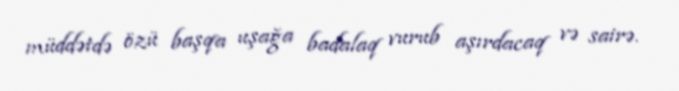
müddətdə özü başqa uşağa badalaq vurub aşırdacaq və sairə.